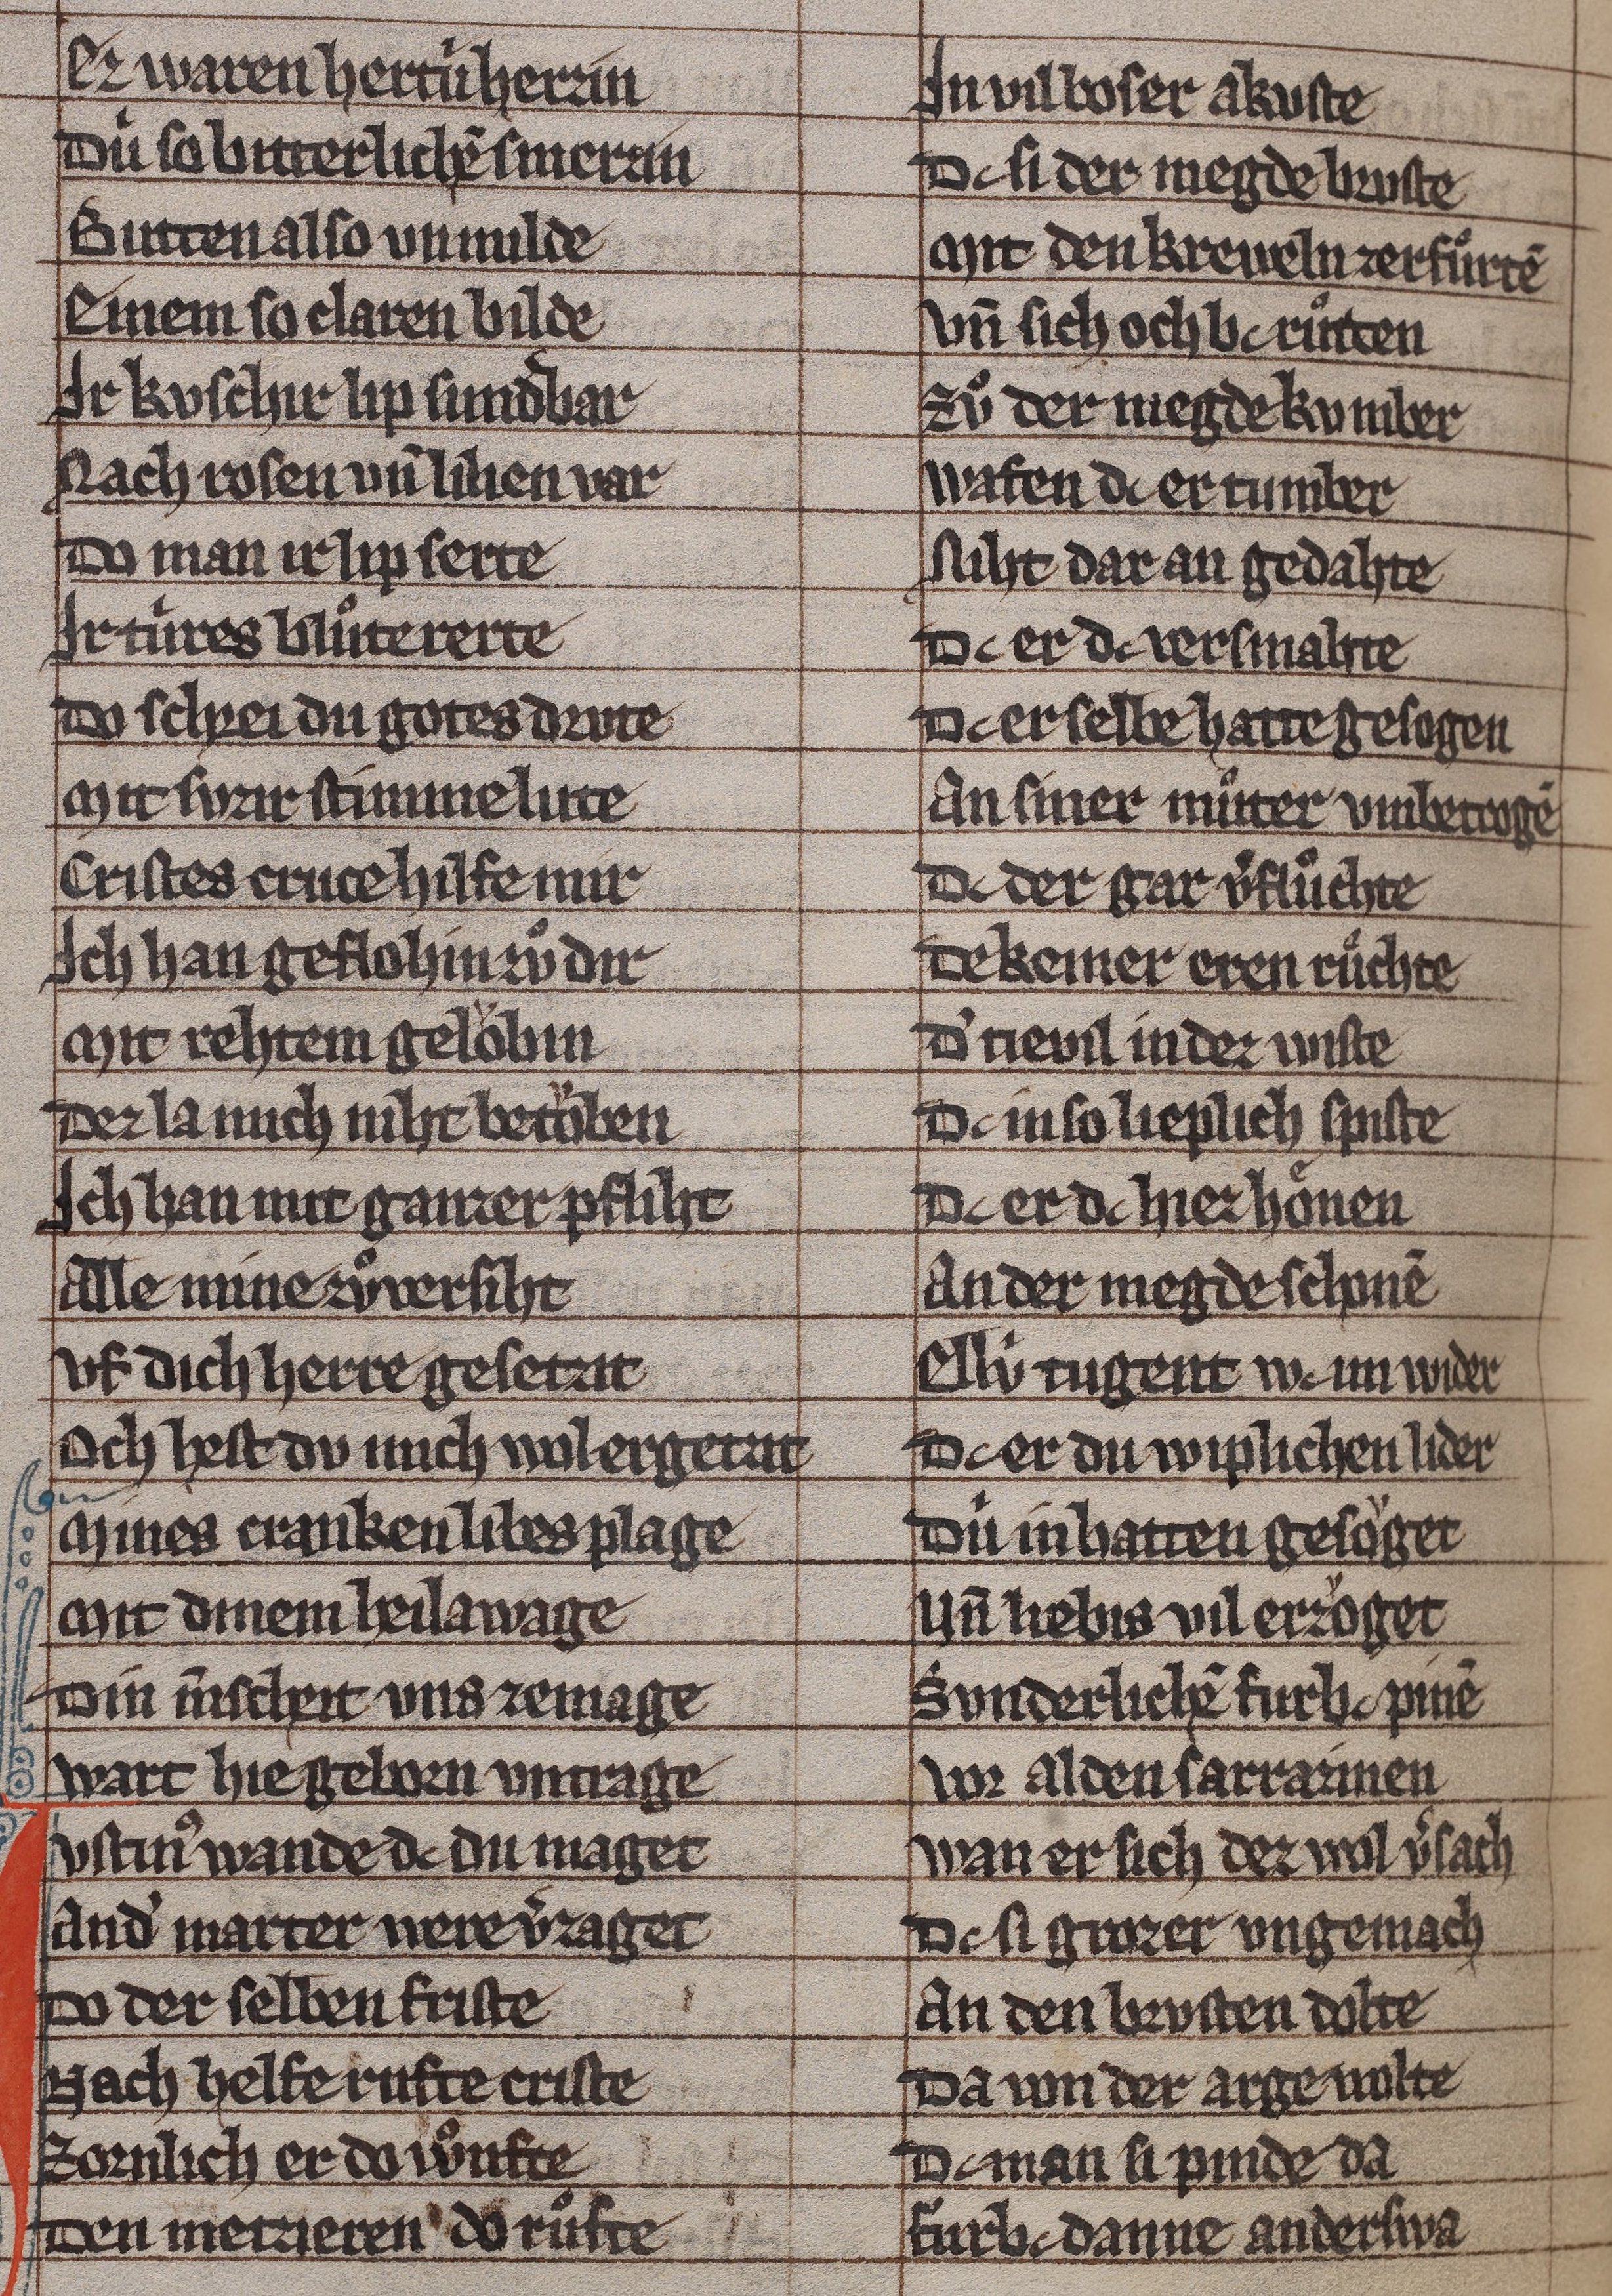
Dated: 1285–1315